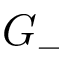
G _ { - }